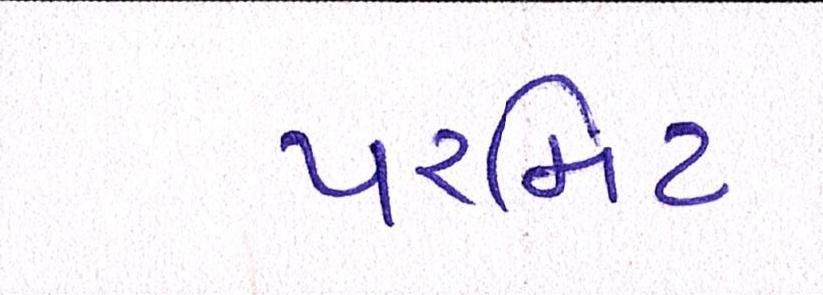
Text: પરમિટ